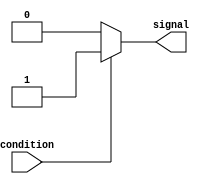
module SimpleAssignBlock(
    input wire condition,
    output reg signal
);

always @(*)
begin
    if(condition)
        signal = 1'b1;
    else
        signal = 1'b0;
end

endmodule